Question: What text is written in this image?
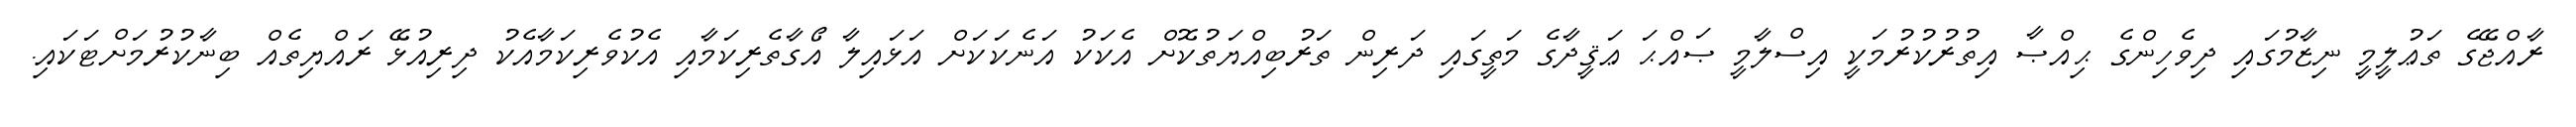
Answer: ރާއްޖޭގެ ތަޢުލީމީ ނިޒާމުގައި ދިވެހިންގެ ޙިއްޞާ އިތުރުކުރުމަކީ އިސްލާމީ ޞައްޙަ ޢަޤީދާގެ މަތީގައި ދަރިން ތަރުބިއްޔަތުކޮށް އެކަކު އަނެކަކަށް އަޅައިލާ އޯގާތެރިކަމާއި އެކުވެރިކަމާއެކު ދިރިއުޅޭ ރައްޔިތެއް ބިނާކުރުމަށްޓަކައި.